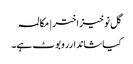
گل نوخیز اختر | مکالمہ
کیا شاندارروبوٹ ہے۔